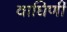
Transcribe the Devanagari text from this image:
वाघिणीं